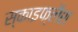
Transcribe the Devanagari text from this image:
स्काइफ्लैश